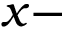
x -